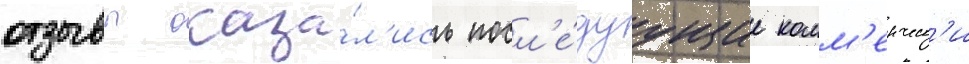
отзывы оказа́л'ись посл'е́дуущие комм'ерческ'и